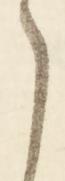
こ